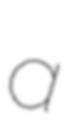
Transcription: a